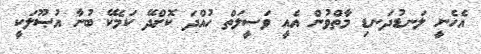
އެހެނީ ލަނޑުދަނޑި މާތްވުން އެއީ ވަސީލަތް ހުއްދަ ކޮށްދޭ ކަމެކޭ ބުނާ އުޞޫލަކީ